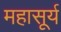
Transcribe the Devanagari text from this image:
महासूर्य